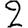
Digit: 2